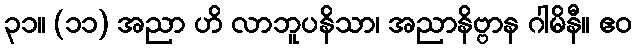
၃၁။ (၁၁) အညာ ဟိ လာဘူပနိသာ၊ အညာနိဗ္ဗာန ဂါမိနီ။ ဧဝ